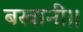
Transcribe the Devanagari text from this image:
बखानी।।